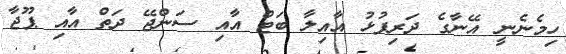
ހިމެނެނީ އޭނާގެ ދަރިފުޅު އާއިލާ ބަޓް އާއި ސަންޖޭ ދަތް އާއި ޕޫޖާ